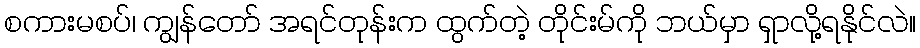
စကားမစပ်၊ ကျွန်တော် အရင်တုန်းက ထွက်တဲ့ တိုင်းမ်ကို ဘယ်မှာ ရှာလို့ရနိုင်လဲ။